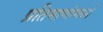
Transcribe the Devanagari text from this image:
प्रतिमाणांमध्ये